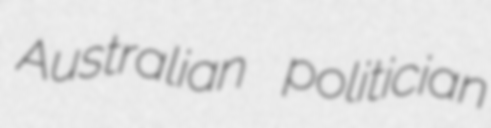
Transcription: Australian politician